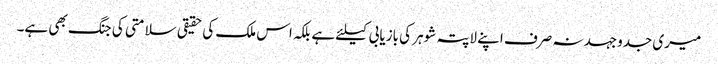
میری جدوجہد نہ صرف اپنے لاپتہ شوہر کی بازیابی کیلئے ہے بلکہ اس ملک کی حقیقی سلامتی کی جنگ بھی ہے۔